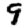
Digit: 9